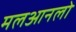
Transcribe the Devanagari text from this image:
मलआनलो